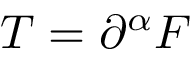
T = \partial ^ { \alpha } F